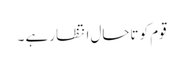
قوم کو تاحال انتظار ہے ۔